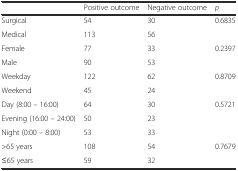
<table><thead><tr><td></td><td><b>Positive outcome</b></td><td><b>Negative outcome</b></td><td><b><i>p</i></b></td></tr></thead><tbody><tr><td>Surgical</td><td>54</td><td>30</td><td rowspan="2">0.6835</td></tr><tr><td>Medical</td><td>113</td><td>56</td></tr><tr><td>Female</td><td>77</td><td>33</td><td rowspan="2">0.2397</td></tr><tr><td>Male</td><td>90</td><td>53</td></tr><tr><td>Weekday</td><td>122</td><td>62</td><td rowspan="2">0.8709</td></tr><tr><td>Weekend</td><td>45</td><td>24</td></tr><tr><td>Day (8:00 – 16:00)</td><td>64</td><td>30</td><td rowspan="3">0.5721</td></tr><tr><td>Evening (16:00 – 24:00)</td><td>50</td><td>23</td></tr><tr><td>Night (0:00 – 8:00)</td><td>53</td><td>33</td></tr><tr><td>&gt;65 years</td><td>108</td><td>54</td><td rowspan="2">0.7679</td></tr><tr><td>≤65 years</td><td>59</td><td>32</td></tr></tbody></table>